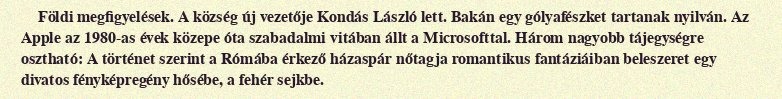
Földi megfigyelések. A község új vezetője Kondás László lett. Bakán egy gólyafészket tartanak nyilván. Az Apple az 1980-as évek közepe óta szabadalmi vitában állt a Microsofttal. Három nagyobb tájegységre osztható: A történet szerint a Rómába érkező házaspár nőtagja romantikus fantáziáiban beleszeret egy divatos fényképregény hősébe, a fehér sejkbe.